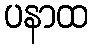
ပနာထ